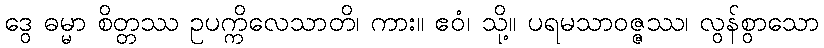
ဒွေ ဓမ္မာ စိတ္တဿ ဥပက္ကိလေသာတိ၊ ကား။ ဧဝံ၊ သို့။ ပရမသာဝဇ္ဇဿ၊ လွန်စွာသော